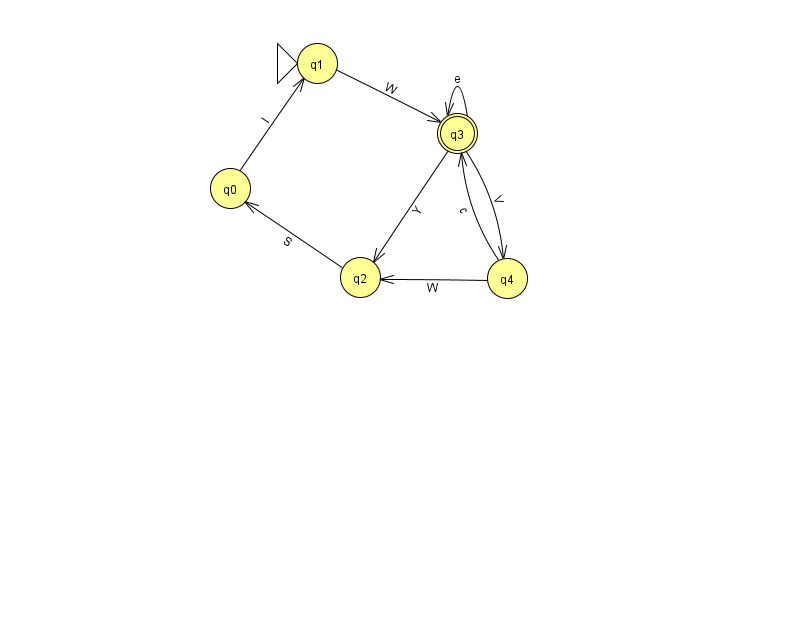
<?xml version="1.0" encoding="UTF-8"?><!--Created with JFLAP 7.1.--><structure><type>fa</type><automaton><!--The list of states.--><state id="0" name="q0"><x>230.0</x><y>175.0</y></state><state id="1" name="q1"><x>317.0</x><y>50.0</y><initial/></state><state id="2" name="q2"><x>360.0</x><y>264.0</y></state><state id="3" name="q3"><x>457.0</x><y>120.0</y><final/></state><state id="4" name="q4"><x>507.0</x><y>265.0</y></state><!--The list of transitions.--><transition><from>0</from><to>1</to><read>I</read></transition><transition><from>3</from><to>2</to><read>Y</read></transition><transition><from>4</from><to>2</to><read>W</read></transition><transition><from>3</from><to>3</to><read>e</read></transition><transition><from>1</from><to>3</to><read>W</read></transition><transition><from>4</from><to>3</to><read>c</read></transition><transition><from>2</from><to>0</to><read>S</read></transition><transition><from>3</from><to>4</to><read>V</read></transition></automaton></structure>